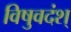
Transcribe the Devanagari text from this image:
विषुवदंश्